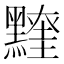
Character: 𪒖